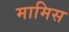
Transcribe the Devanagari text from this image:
मामिस